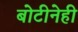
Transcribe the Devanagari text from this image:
बोटीनेही